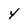
Character: y